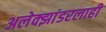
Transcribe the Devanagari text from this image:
अलेक्झांडरलाही